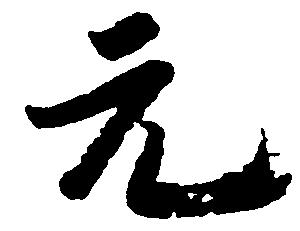
元